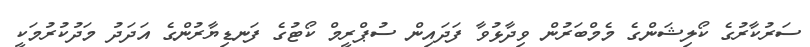
ސަރުކާރުގެ ކޯލިޝަންގެ މެމްބަރުން ވިދާޅުވާ ފަދައިން ސުޕްރީމް ކޯޓުގެ ފަނޑިޔާރުންގެ އަދަދު މަދުކުރުމަކީ